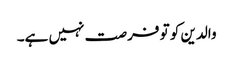
والدین کو تو فرصت نہیں ہے۔